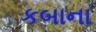
કબાના